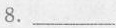
8.____